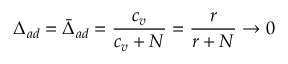
\Delta _ { a d } = \bar { \Delta } _ { a d } = \frac { c _ { v } } { c _ { v } + N } = \frac { r } { r + N } \rightarrow 0